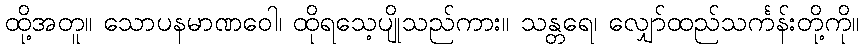
ထို့အတူ။ သောပနမာဏဝေါ၊ ထိုရသေ့ပျိုသည်ကား။ သန္တရေ၊ လျှော်ထည်သင်္ကန်းတို့ကို။